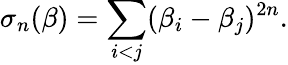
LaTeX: \sigma_{n}(\beta)=\sum_{i<j}(\beta_{i}-\beta_{j})^{2n}.